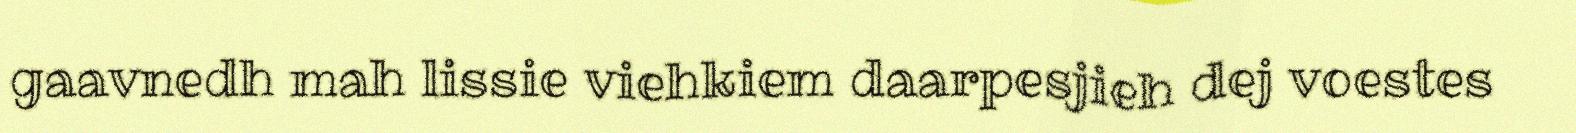
gaavnedh mah lissie viehkiem daarpesjieh dej voestes